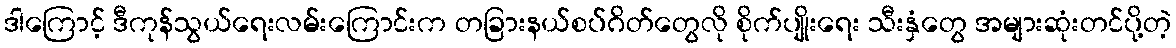
ဒါကြောင့် ဒီကုန်သွယ်ရေးလမ်းကြောင်းက တခြားနယ်စပ်ဂိတ်တွေလို စိုက်ပျိုးရေး သီးနှံတွေ အများဆုံးတင်ပို့တဲ့